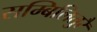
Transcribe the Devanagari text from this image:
सम्बिलितुरै